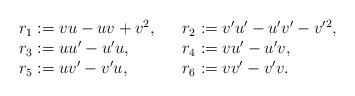
LaTeX: \begin{align*}\begin{array}{lll}r_1 := vu-uv+v^2, && r_2 := v'u'-u'v'-v'^2,\\r_3 := uu'-u'u, && r_4 := vu'-u'v,\\r_5 := uv'-v'u, && r_6 := vv'-v'v.\end{array}\end{align*}